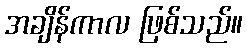
အချိန်ကာလ ဖြစ်သည်။